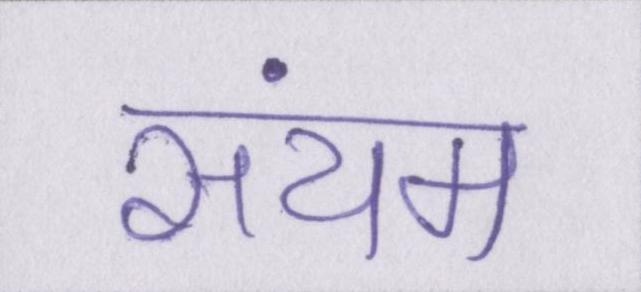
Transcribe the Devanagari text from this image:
संयम